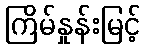
ကြိမ်နှုန်းမြင့်